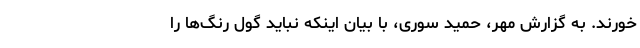
خورند. به گزارش مهر، حمید سوری، با بیان اینکه نباید گول رنگ‌ها را